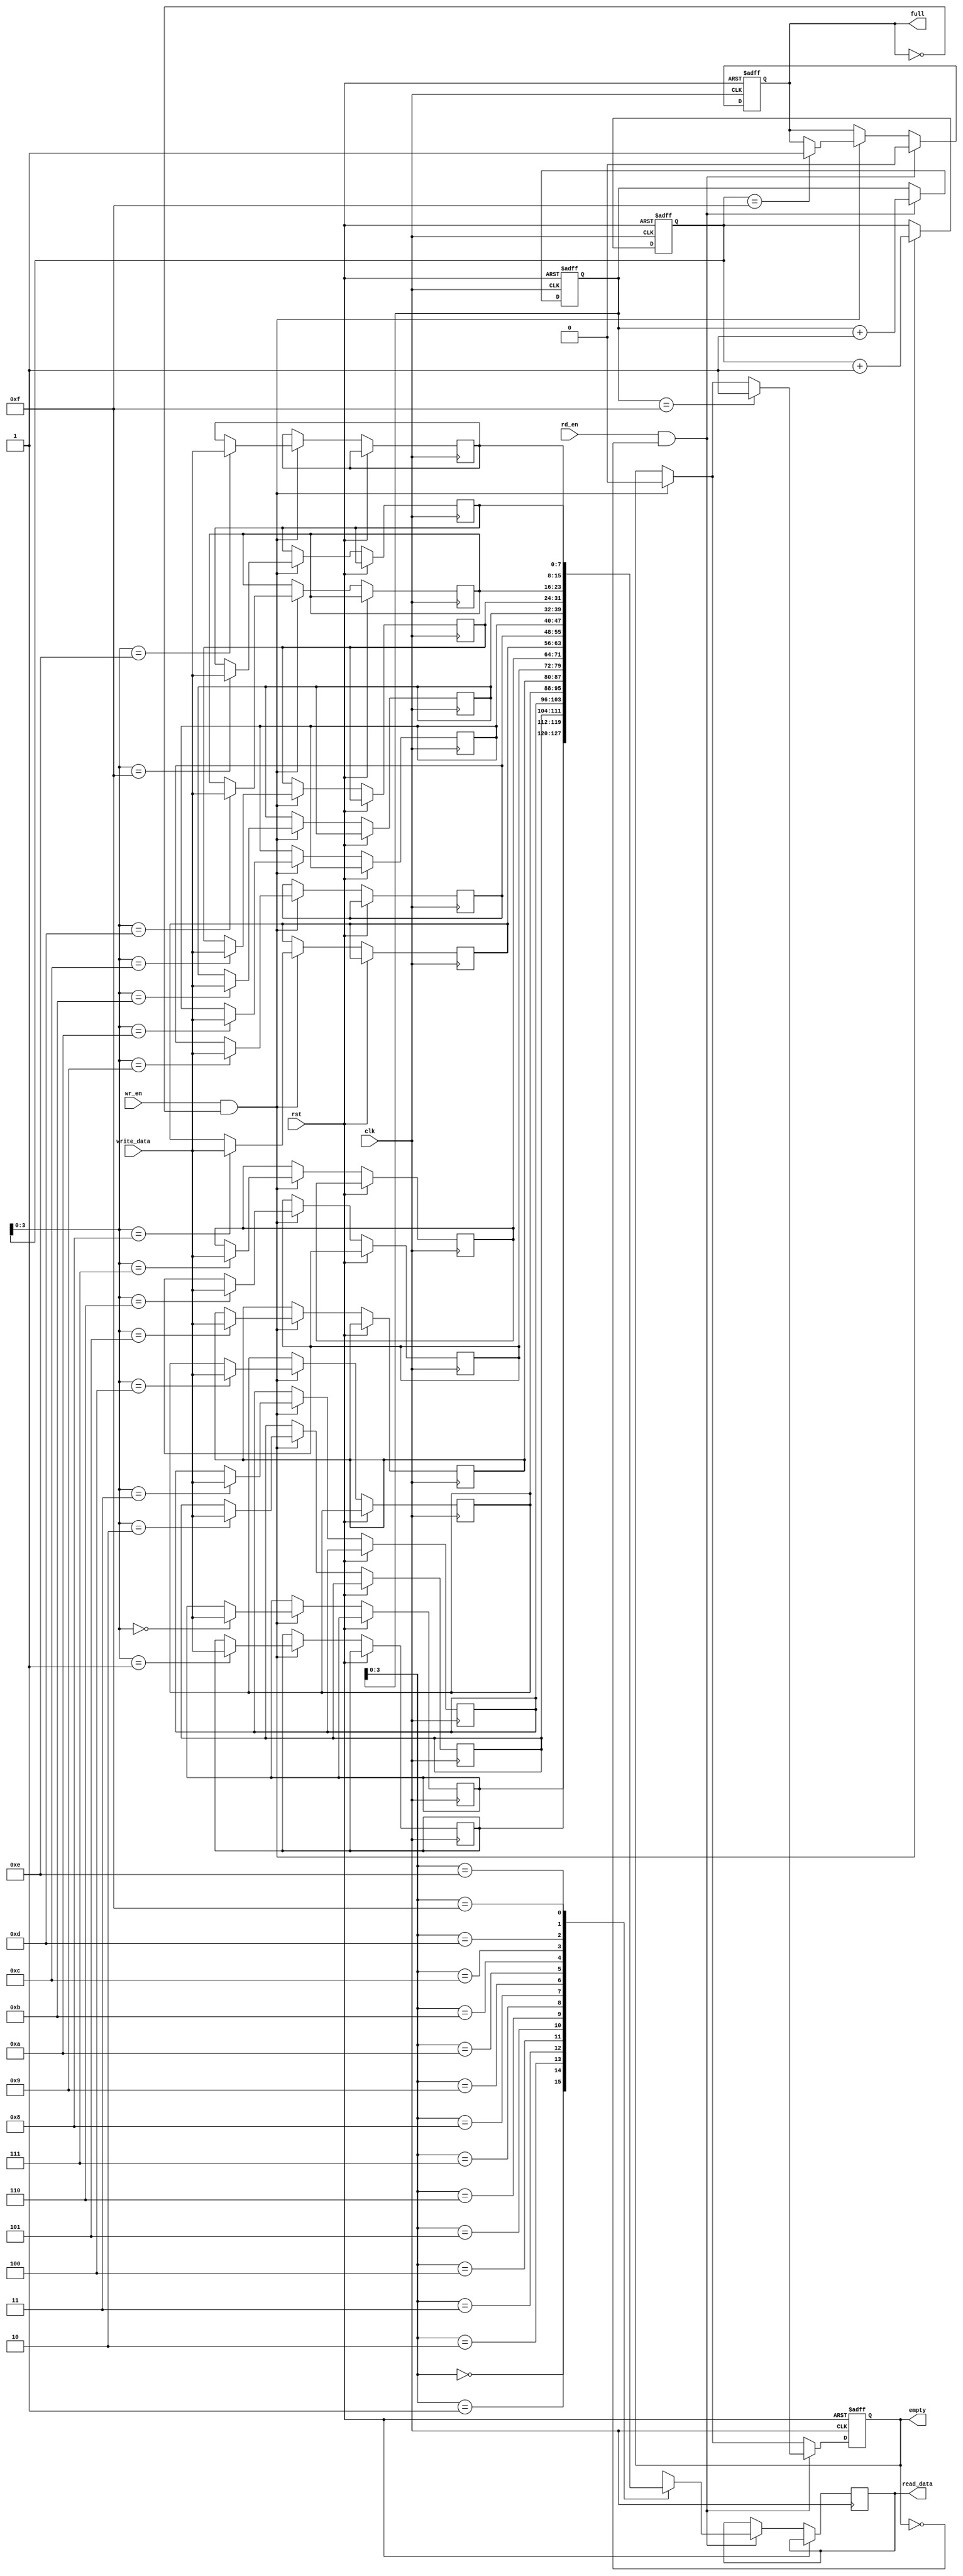
module last_word_fall_through_fifo (
    input wire clk,  // Clock signal
    input wire rst,  // Reset signal
    input wire [DATA_WIDTH-1:0] write_data,  // Data to be written to buffer
    input wire wr_en,  // Write enable signal
    input wire rd_en,  // Read enable signal
    output wire [DATA_WIDTH-1:0] read_data,  // Data read from buffer
    output reg full,  // Full flag signal
    output reg empty  // Empty flag signal
);

parameter DEPTH = 16;  // Depth of FIFO buffer
parameter DATA_WIDTH = 8;  // Width of data bus

reg [DATA_WIDTH-1:0] fifo [DEPTH-1:0];
reg [DATA_WIDTH-1:0] last_word;
reg [4:0] wr_ptr;
reg [4:0] rd_ptr;

always @(posedge clk or posedge rst) begin
    if (rst) begin
        full <= 0;
        empty <= 1;
        wr_ptr <= 0;
        rd_ptr <= 0;
    end else begin
        // Write operation
        if (wr_en && !full) begin
            fifo[wr_ptr] <= write_data;
            last_word <= write_data;
            wr_ptr <= wr_ptr + 1;
            if (wr_ptr == DEPTH-1) begin
                full <= 1;
            end
            empty <= 0;
        end
        
        // Read operation
        if (rd_en && !empty) begin
            read_data <= fifo[rd_ptr];
            rd_ptr <= rd_ptr + 1;
            if (rd_ptr == DEPTH-1) begin
                empty <= 1;
            end
            full <= 0;
        end
    end
end

endmodule